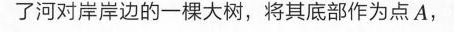
了河对岸岸边的一棵大树，将其底部作为点A，